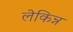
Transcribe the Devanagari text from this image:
लेकिन्न